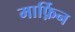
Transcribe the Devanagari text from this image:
मार्फ़िन